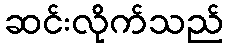
ဆင်းလိုက်သည်